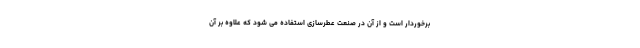
برخوردار است و از آن در صنعت عطرسازی استفاده می شود که علاوه بر آن